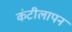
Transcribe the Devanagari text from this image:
कंटीलापन